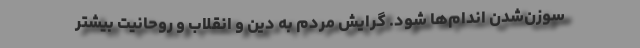
سوزن‌شدن اندام‌ها شود. گرایش مردم به دین و انقلاب و روحانیت بیشتر